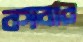
বসবার